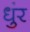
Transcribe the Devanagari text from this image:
धुंर